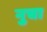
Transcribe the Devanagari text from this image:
नुचा